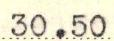
30.50